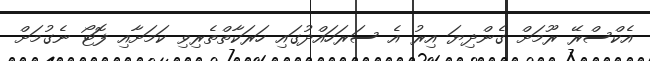
އެކްސްރޭ ރޫމަށް ގެންދިޔަ އިރު އެ ސަރަހައްދުގައި ހަރަކާތްތެރިވި ކަމަށާއި ފޮޓޯ ނެގުމަށް